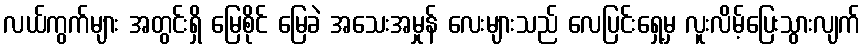
လယ်ကွက်များ အတွင်းရှိ မြေစိုင် မြေခဲ အသေးအမှုန် လေးများသည် လေပြင်းရှေ့မှ လူးလိမ့်ပြေးသွားလျက်